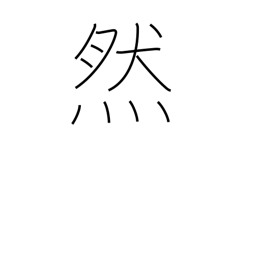
Meaning: so